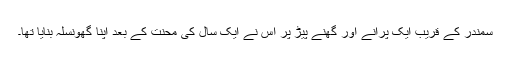
سمندر کے قریب ایک پرانے اور گھنے پیڑ پر اس نے ایک سال کی محنت کے بعد اپنا گھونسلہ بنایا تھا۔